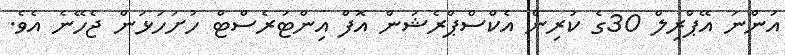
އަންނަ އޭޕްރިލް 30ގެ ކުރިން އެކްސްޕްރެޝަން އޮފް އިންޓަރެސްޓް ހުށަހަޅަން ޖެހޭނެ އެވެ.